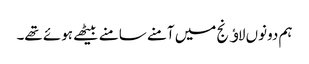
ہم دونوں لاﺅنج میں آمنے سامنے بیٹھے ہوئے تھے۔